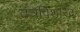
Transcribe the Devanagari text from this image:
तंत्रविशारद